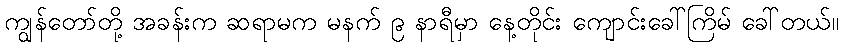
ကျွန်တော်တို့ အခန်းက ဆရာမက မနက် ၉ နာရီမှာ နေ့တိုင်း ကျောင်းခေါ်ကြိမ် ခေါ်တယ်။